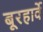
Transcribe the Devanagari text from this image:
बूरहार्वे